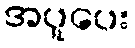
အပူပေး